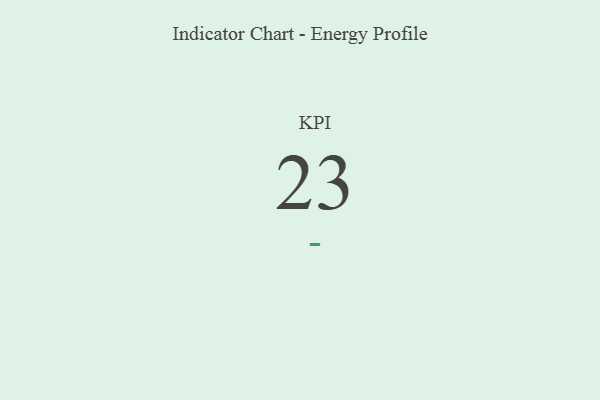
{"axis": {"x": "KPI", "y": "Value"}, "legend": [""], "data": [{"x": "KPI", "y": 23, "type": ""}]}